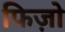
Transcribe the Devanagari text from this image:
फिज़ो